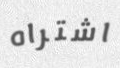
اشتراه